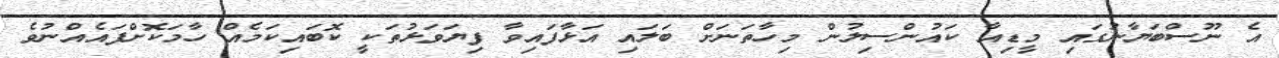
އެ ނޫސްބަޔާނުގައި މީޑިއާ ކައުންސިލުން މިހާތަނަށް ބަލައި އަޅާފައިވާ ފިޔަވަޅުތަކީ ކޮބައިކަމެއް ހާމަކޮށްފައެއްނުވެ